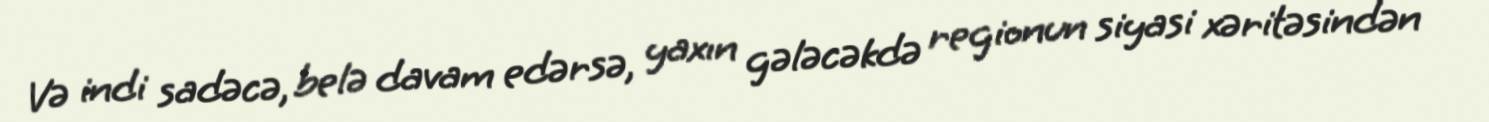
Və indi sadəcə, belə davam edərsə, yaxın gələcəkdə regionun siyasi xəritəsindən